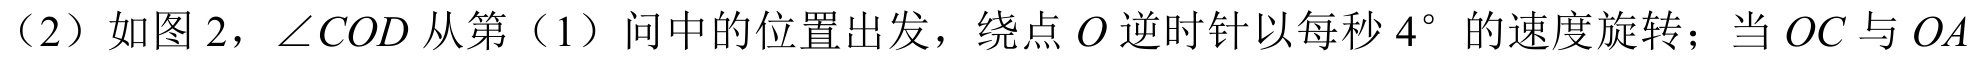
（2）如图 2，\(\angle COD\)从第（1）问中的位置出发，绕点\(O\)逆时针以每秒\(4^{\circ}\)的速度旋转；当\(OC\)与\(OA\)